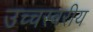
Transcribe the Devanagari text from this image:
उच्चस्वरीय